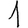
Digit: 1